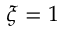
\xi = 1